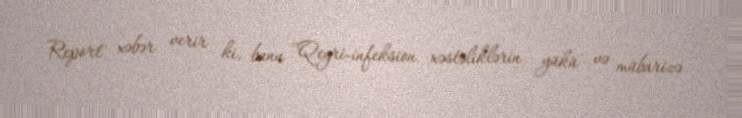
Report'' xəbər verir ki, bunu ''Qeyri-infeksion xəstəliklərin yükü və mübarizə